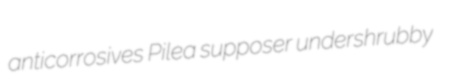
anticorrosives Pilea supposer undershrubby